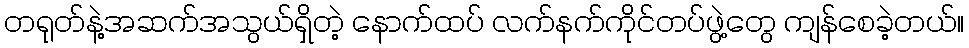
တရုတ်နဲ့အဆက်အသွယ်ရှိတဲ့ နောက်ထပ် လက်နက်ကိုင်တပ်ဖွဲ့တွေ ကျန်စေခဲ့တယ်။